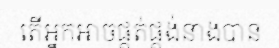
តើអ្នកអាចផ្គត់ផ្គង់នាងបាន